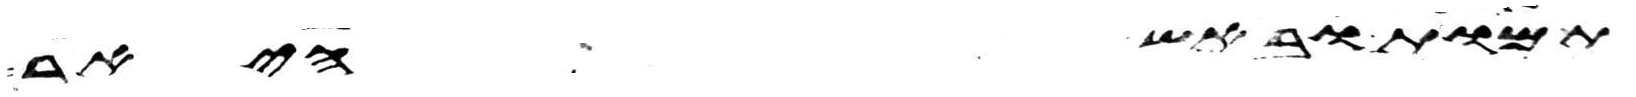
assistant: תמות ובאש היאר